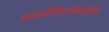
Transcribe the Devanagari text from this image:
अस्सोचिअज़िओने